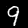
Label: 9